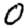
Digit: 0